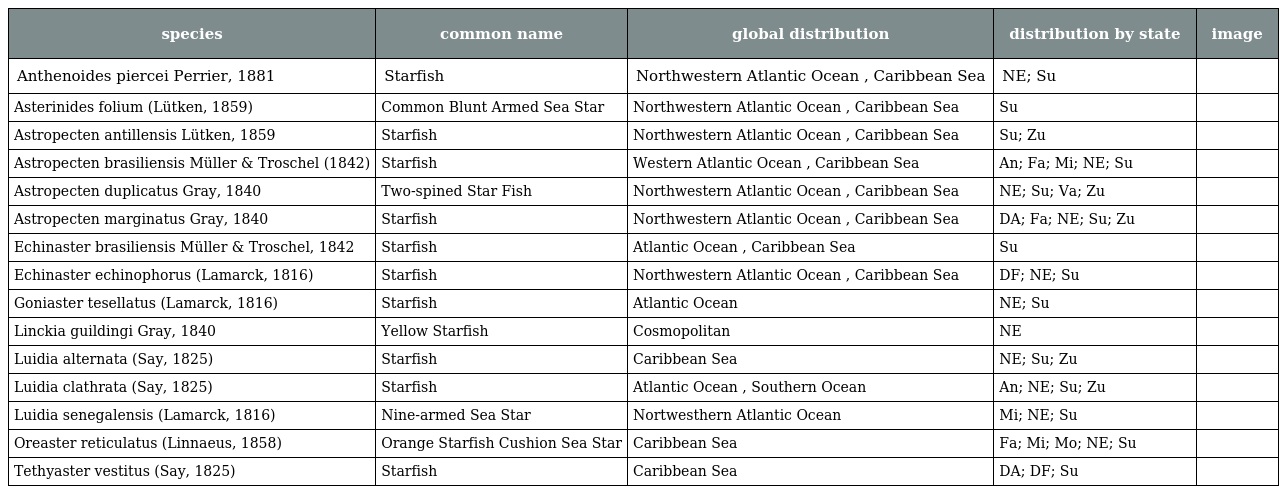
| species | common name | global distribution | distribution by state | image |
 | --- | --- | --- | --- | --- |
 | Anthenoides piercei Perrier, 1881 | Starfish | Northwestern Atlantic Ocean , Caribbean Sea | NE; Su |  |
 | Asterinides folium (Lütken, 1859) | Common Blunt Armed Sea Star | Northwestern Atlantic Ocean , Caribbean Sea | Su |  |
 | Astropecten antillensis Lütken, 1859 | Starfish | Northwestern Atlantic Ocean , Caribbean Sea | Su; Zu |  |
 | Astropecten brasiliensis Müller & Troschel (1842) | Starfish | Western Atlantic Ocean , Caribbean Sea | An; Fa; Mi; NE; Su |  |
 | Astropecten duplicatus Gray, 1840 | Two-spined Star Fish | Northwestern Atlantic Ocean , Caribbean Sea | NE; Su; Va; Zu |  |
 | Astropecten marginatus Gray, 1840 | Starfish | Northwestern Atlantic Ocean , Caribbean Sea | DA; Fa; NE; Su; Zu |  |
 | Echinaster brasiliensis Müller & Troschel, 1842 | Starfish | Atlantic Ocean , Caribbean Sea | Su |  |
 | Echinaster echinophorus (Lamarck, 1816) | Starfish | Northwestern Atlantic Ocean , Caribbean Sea | DF; NE; Su |  |
 | Goniaster tesellatus (Lamarck, 1816) | Starfish | Atlantic Ocean | NE; Su |  |
 | Linckia guildingi Gray, 1840 | Yellow Starfish | Cosmopolitan | NE |  |
 | Luidia alternata (Say, 1825) | Starfish | Caribbean Sea | NE; Su; Zu |  |
 | Luidia clathrata (Say, 1825) | Starfish | Atlantic Ocean , Southern Ocean | An; NE; Su; Zu |  |
 | Luidia senegalensis (Lamarck, 1816) | Nine-armed Sea Star | Nortwesthern Atlantic Ocean | Mi; NE; Su |  |
 | Oreaster reticulatus (Linnaeus, 1858) | Orange Starfish Cushion Sea Star | Caribbean Sea | Fa; Mi; Mo; NE; Su |  |
 | Tethyaster vestitus (Say, 1825) | Starfish | Caribbean Sea | DA; DF; Su |  |